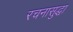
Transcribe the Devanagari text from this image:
रचनासुद्धा